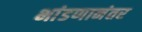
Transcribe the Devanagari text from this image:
भांडणानंतर